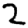
Digit: 2